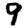
Digit: 9